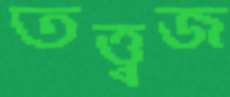
তত্ত্বজ